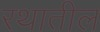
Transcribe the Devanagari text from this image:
रथातील